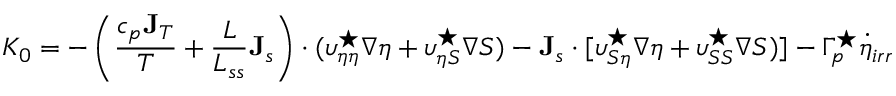
K _ { 0 } = - \left( \frac { c _ { p } { \bf J } _ { T } } { T } + \frac { L } { L _ { s s } } { \bf J } _ { s } \right) \cdot ( \upsilon _ { \eta \eta } ^ { \star } \nabla \eta + \upsilon _ { \eta S } ^ { \star } \nabla S ) - { \bf J } _ { s } \cdot [ \upsilon _ { S \eta } ^ { \star } \nabla \eta + \upsilon _ { S S } ^ { \star } \nabla S ) ] - \Gamma _ { p } ^ { \star } \dot { \eta } _ { i r r }